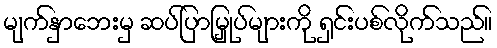
မျက်နှာဘေးမှ ဆပ်ပြာမြှုပ်များကို ရှင်းပစ်လိုက်သည်။